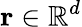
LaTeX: \mathbf{r}\in\mathbb{R}^{d}